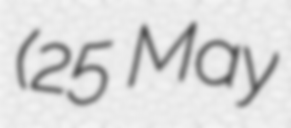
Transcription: (25 May